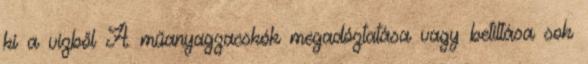
ki a vízből A műanyagzacskók megadóztatása vagy betiltása sok